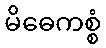
မိဓေကစ္စံ